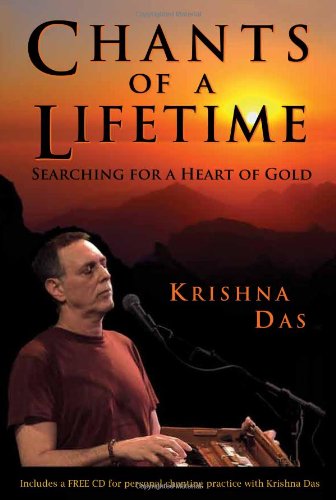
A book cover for Chants of a Lifetime: Searching for a Heart of Gold; Krishna Das; Politics & Social Sciences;